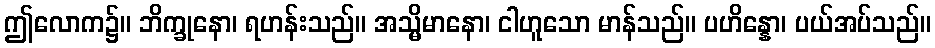
ဤလောက၌။ ဘိက္ခုနော၊ ရဟန်းသည်။ အသ္မိမာနော၊ ငါဟူသော မာန်သည်။ ပဟိန္နော၊ ပယ်အပ်သည်။